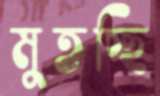
মুতচ্ছি